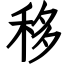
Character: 移